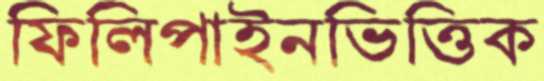
ফিলিপাইনভিত্তিক